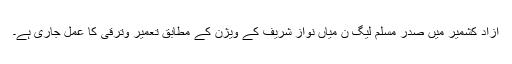
آزاد کشمیر میں صدر مسلم لیگ ن میاں نواز شریف کے ویژن کے مطابق تعمیر وترقی کا عمل جاری ہے۔